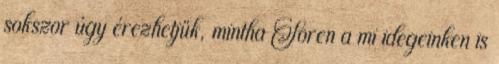
sokszor úgy érezhetjük, mintha Soren a mi idegeinken is